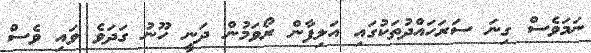
ނަމަވެސް ގިނަ ސަރަހައްދުތަކުގައި އަލިފާން ރޯވަމުން ދަނީ ހޫނު ގަދަވެ ވައި ވެސް